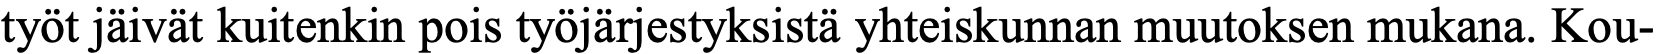
työt jäivät kuitenkin pois työjärjestyksistä yhteiskunnan muutoksen mukana. Kou-